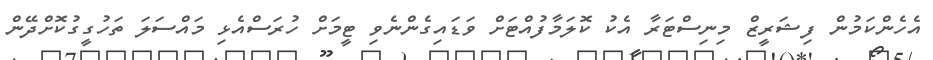
އެހެންކަމުން ފިޝަރީޒް މިނިސްޓަރާ އެކު ކޮލަމާފުއްޓަށް ވަޑައިގެންނެވި ޓީމަށް ހުރަސްއެޅި މައްސަލަ ތަހުގީގުކޮށްދޭން